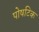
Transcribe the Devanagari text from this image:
पोषटिक